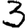
Digit: 3